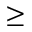
\geq